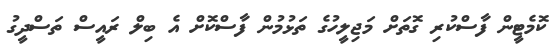
ކޮމެޓީން ފާސްކުރި ގޮތަށް މަޖިލީހުގެ ތަޅުމުން ފާސްކޮށް އެ ބިލް ރައީސް ތަސްދީގު